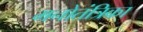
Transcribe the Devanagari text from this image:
मनोतंत्रिका